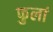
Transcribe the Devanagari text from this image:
फुलां